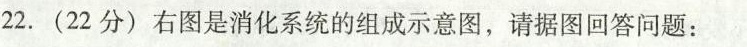
22.(22分)右图是消化系统的组成示意图，请据图回答问题：